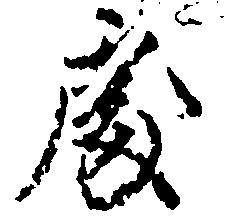
処